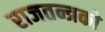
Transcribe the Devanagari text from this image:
राजतन्त्रको